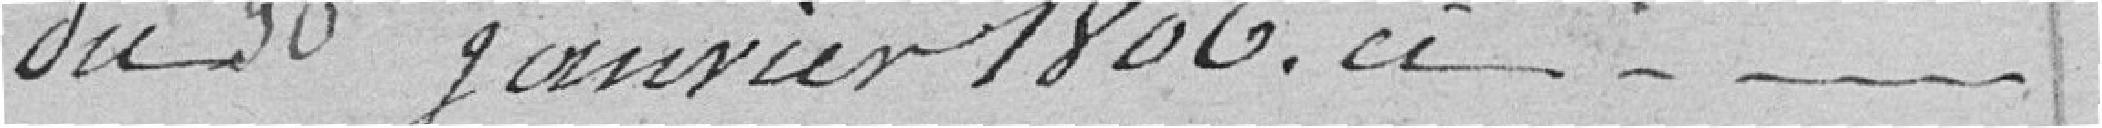
du 30 janvier 1806